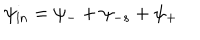
LaTeX: \psi _ { \mathrm { i n } } = \psi _ { - } + \psi _ { - s } + \psi _ { + }